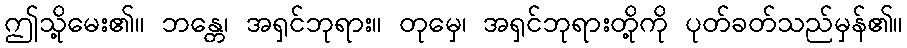
ဤသို့မေး၏။ ဘန္တေ၊ အရှင်ဘုရား။ တုမှေ၊ အရှင်ဘုရားတို့ကို ပုတ်ခတ်သည်မှန်၏။